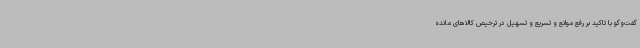
گفت‌وگو با تاکید بر رفع موانع و تسریع و تسهیل در ترخیص کالاهای مانده